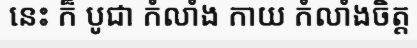
នេះ ក៏ បូជា កំលាំង កាយ កំលាំងចិត្ត